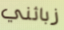
زبائني